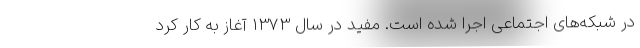
در شبکه‌های اجتماعی اجرا شده است. مفید در سال 1373 آغاز به کار کرد